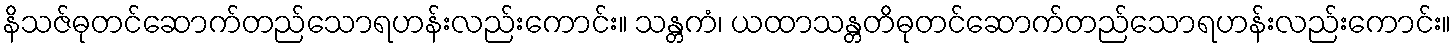
နိသဇ်ဓုတင်ဆောက်တည်သောရဟန်းလည်းကောင်း။ သန္တကံ၊ ယထာသန္တတိဓုတင်ဆောက်တည်သောရဟန်းလည်းကောင်း။